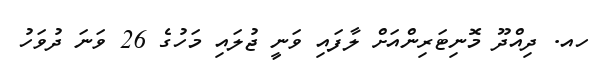
ހއ. ދިއްދޫ މޮނިޓަރިންއަށް ލާފައި ވަނީ ޖުލައި މަހުގެ 26 ވަނަ ދުވަހު